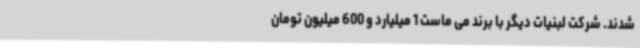
شدند. شرکت لبنیات دیگر با برند می ماست 1 میلیارد و 600 میلیون تومان